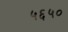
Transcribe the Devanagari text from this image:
५६५०